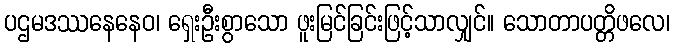
ပဌမဒဿနေနေဝ၊ ရှေးဦးစွာသော ဖူးမြင်ခြင်းဖြင့်သာလျှင်။ သောတာပတ္တိဖလေ၊